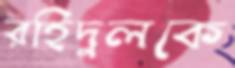
রহিদুলকে